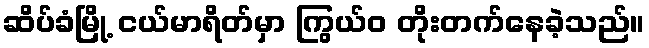
ဆိပ်ခံမြို့ ငယ်မာရိတ်မှာ ကြွယ်ဝ တိုးတက်နေခဲ့သည်။